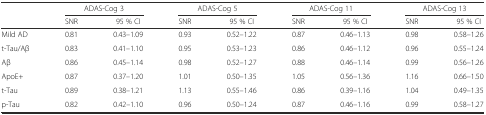
<table><thead><tr><td></td><td colspan="2"><b>ADAS-Cog 3</b></td><td colspan="2"><b>ADAS-Cog 5</b></td><td colspan="2"><b>ADAS-Cog 11</b></td><td colspan="2"><b>ADAS-Cog 13</b></td></tr><tr><td></td><td><b>SNR</b></td><td><b>95 % CI</b></td><td><b>SNR</b></td><td><b>95 % CI</b></td><td><b>SNR</b></td><td><b>95 % CI</b></td><td><b>SNR</b></td><td><b>95 % CI</b></td></tr></thead><tbody><tr><td>Mild AD</td><td>0.81</td><td>0.43–1.09</td><td>0.93</td><td>0.52–1.22</td><td>0.87</td><td>0.46–1.13</td><td>0.98</td><td>0.58–1.26</td></tr><tr><td>t-Tau/Aβ</td><td>0.83</td><td>0.41–1.10</td><td>0.95</td><td>0.53–1.23</td><td>0.86</td><td>0.46–1.12</td><td>0.96</td><td>0.55–1.24</td></tr><tr><td>Aβ</td><td>0.86</td><td>0.45–1.14</td><td>0.98</td><td>0.52–1.27</td><td>0.88</td><td>0.46–1.14</td><td>0.99</td><td>0.56–1.26</td></tr><tr><td>ApoE+</td><td>0.87</td><td>0.37–1.20</td><td>1.01</td><td>0.50–1.35</td><td>1.05</td><td>0.56–1.36</td><td>1.16</td><td>0.66–1.50</td></tr><tr><td>t-Tau</td><td>0.89</td><td>0.38–1.21</td><td>1.13</td><td>0.55–1.46</td><td>0.86</td><td>0.39–1.16</td><td>1.04</td><td>0.49–1.35</td></tr><tr><td>p-Tau</td><td>0.82</td><td>0.42–1.10</td><td>0.96</td><td>0.50–1.24</td><td>0.87</td><td>0.46–1.16</td><td>0.99</td><td>0.58–1.27</td></tr></tbody></table>